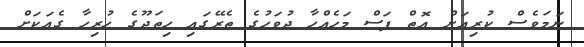
ނަމަވެސް ކުރިއަށް އޮތް ފަސް މަހެއްހާ ދުވަހުގެ ތެރޭގައި ހިތަދޫގެ ހުރިހާ ގެއަކަށް